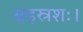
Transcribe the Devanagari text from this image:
सहस्रशः।